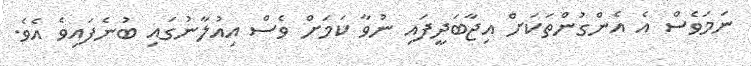
ނަމަވެސް އެ އެންގުންތަކަށް އިޖާބަދީފައި ނުވާ ކަމަށް ވެސް އިއުލާނުގައި ބުނެފައިވެ އެވެ.